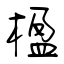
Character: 楹